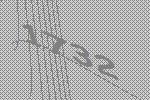
1732